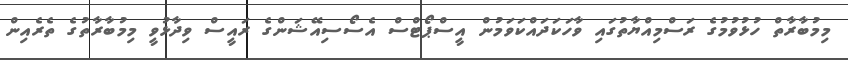
މިމުބާރާތް ހުޅުވުމުގެ ރަސްމިއްޔާތުގައި ވާހަކަދައްކަވަމުން އީސްޕޯޓްސް އެސޯސިއޭޝަންގެ ރައީސް ވިދާޅުވީ މިމުބާރާތުގެ ތެރެއިން